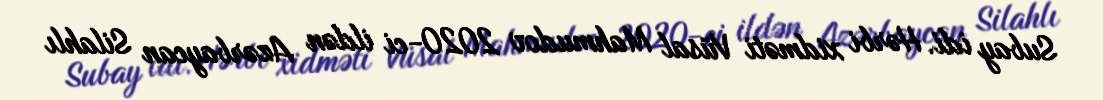
Subay idi. Hərbi xidməti Vüsal Mahmudov 2020-ci ildən Azərbaycan Silahlı